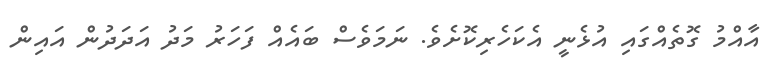
އާއްމު ގޮތެއްގައި އުޅެނީ އެކަހެރިކޮށެވެ. ނަމަވެސް ބައެއް ފަހަރު މަދު އަދަދުން އައިން